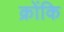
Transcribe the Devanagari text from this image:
क्रोंकि